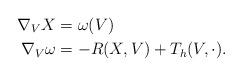
LaTeX: \begin{align*}\nabla_V X&=\omega (V)\\\nabla_V \omega &= -R(X, V) + T_h (V, \cdot).\end{align*}